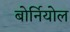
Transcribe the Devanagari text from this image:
बोर्नियोल